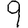
Digit: 9